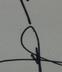
Signature authenticity: forged